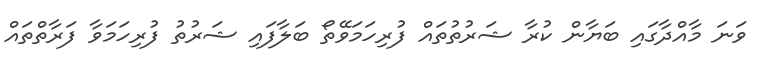
ވަނަ މާއްދާގައި ބަޔާން ކުރާ ޝަރުތުތައް ފުރިހަމަވޭތޯ ބަލާފައި ޝަރުތު ފުރިހަމަވާ ފަރާތްތައް